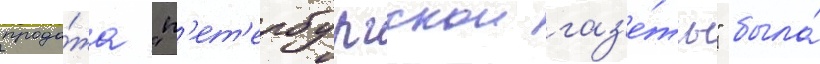
прода́жа "п'ет'ербургскои газ'е́ты" была́